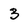
Character: 3